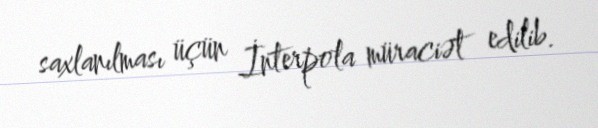
saxlanılması üçün İnterpola müraciət edilib.